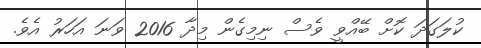
ކުލަގަދަ ކޮށް ބޭއްވީ ވެސް ނިމިގެން މިދާ 2016 ވަނަ އަހަރު އެވެ.